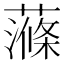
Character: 𧀝